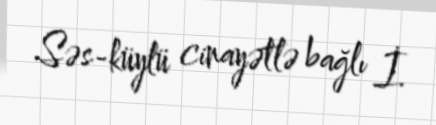
Səs-küylü cinayətlə bağlı İ.